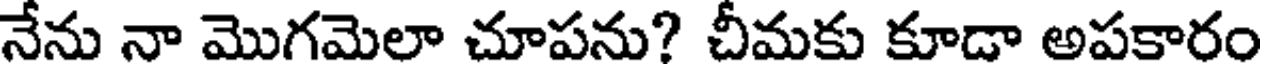
నేను నా మొగమెలా చూపను? చీమకు కూడా అపకారం